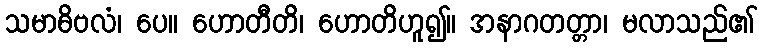
သမာဓိဗလံ၊ ပေ။ ဟောတီတိ၊ ဟောတိဟူ၍။ အနာဂတတ္တာ၊ မလာသည်၏